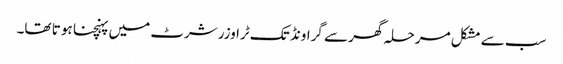
سب سے مشکل مرحلہ گھر سے گراونڈ تک ٹراوزر شرٹ میں پہنچنا ہو تا تھا۔